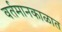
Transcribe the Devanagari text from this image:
वर्तमानकाळात